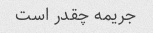
جریمه چقدر است